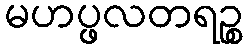
မဟပ္ဖလတရဉ္စ